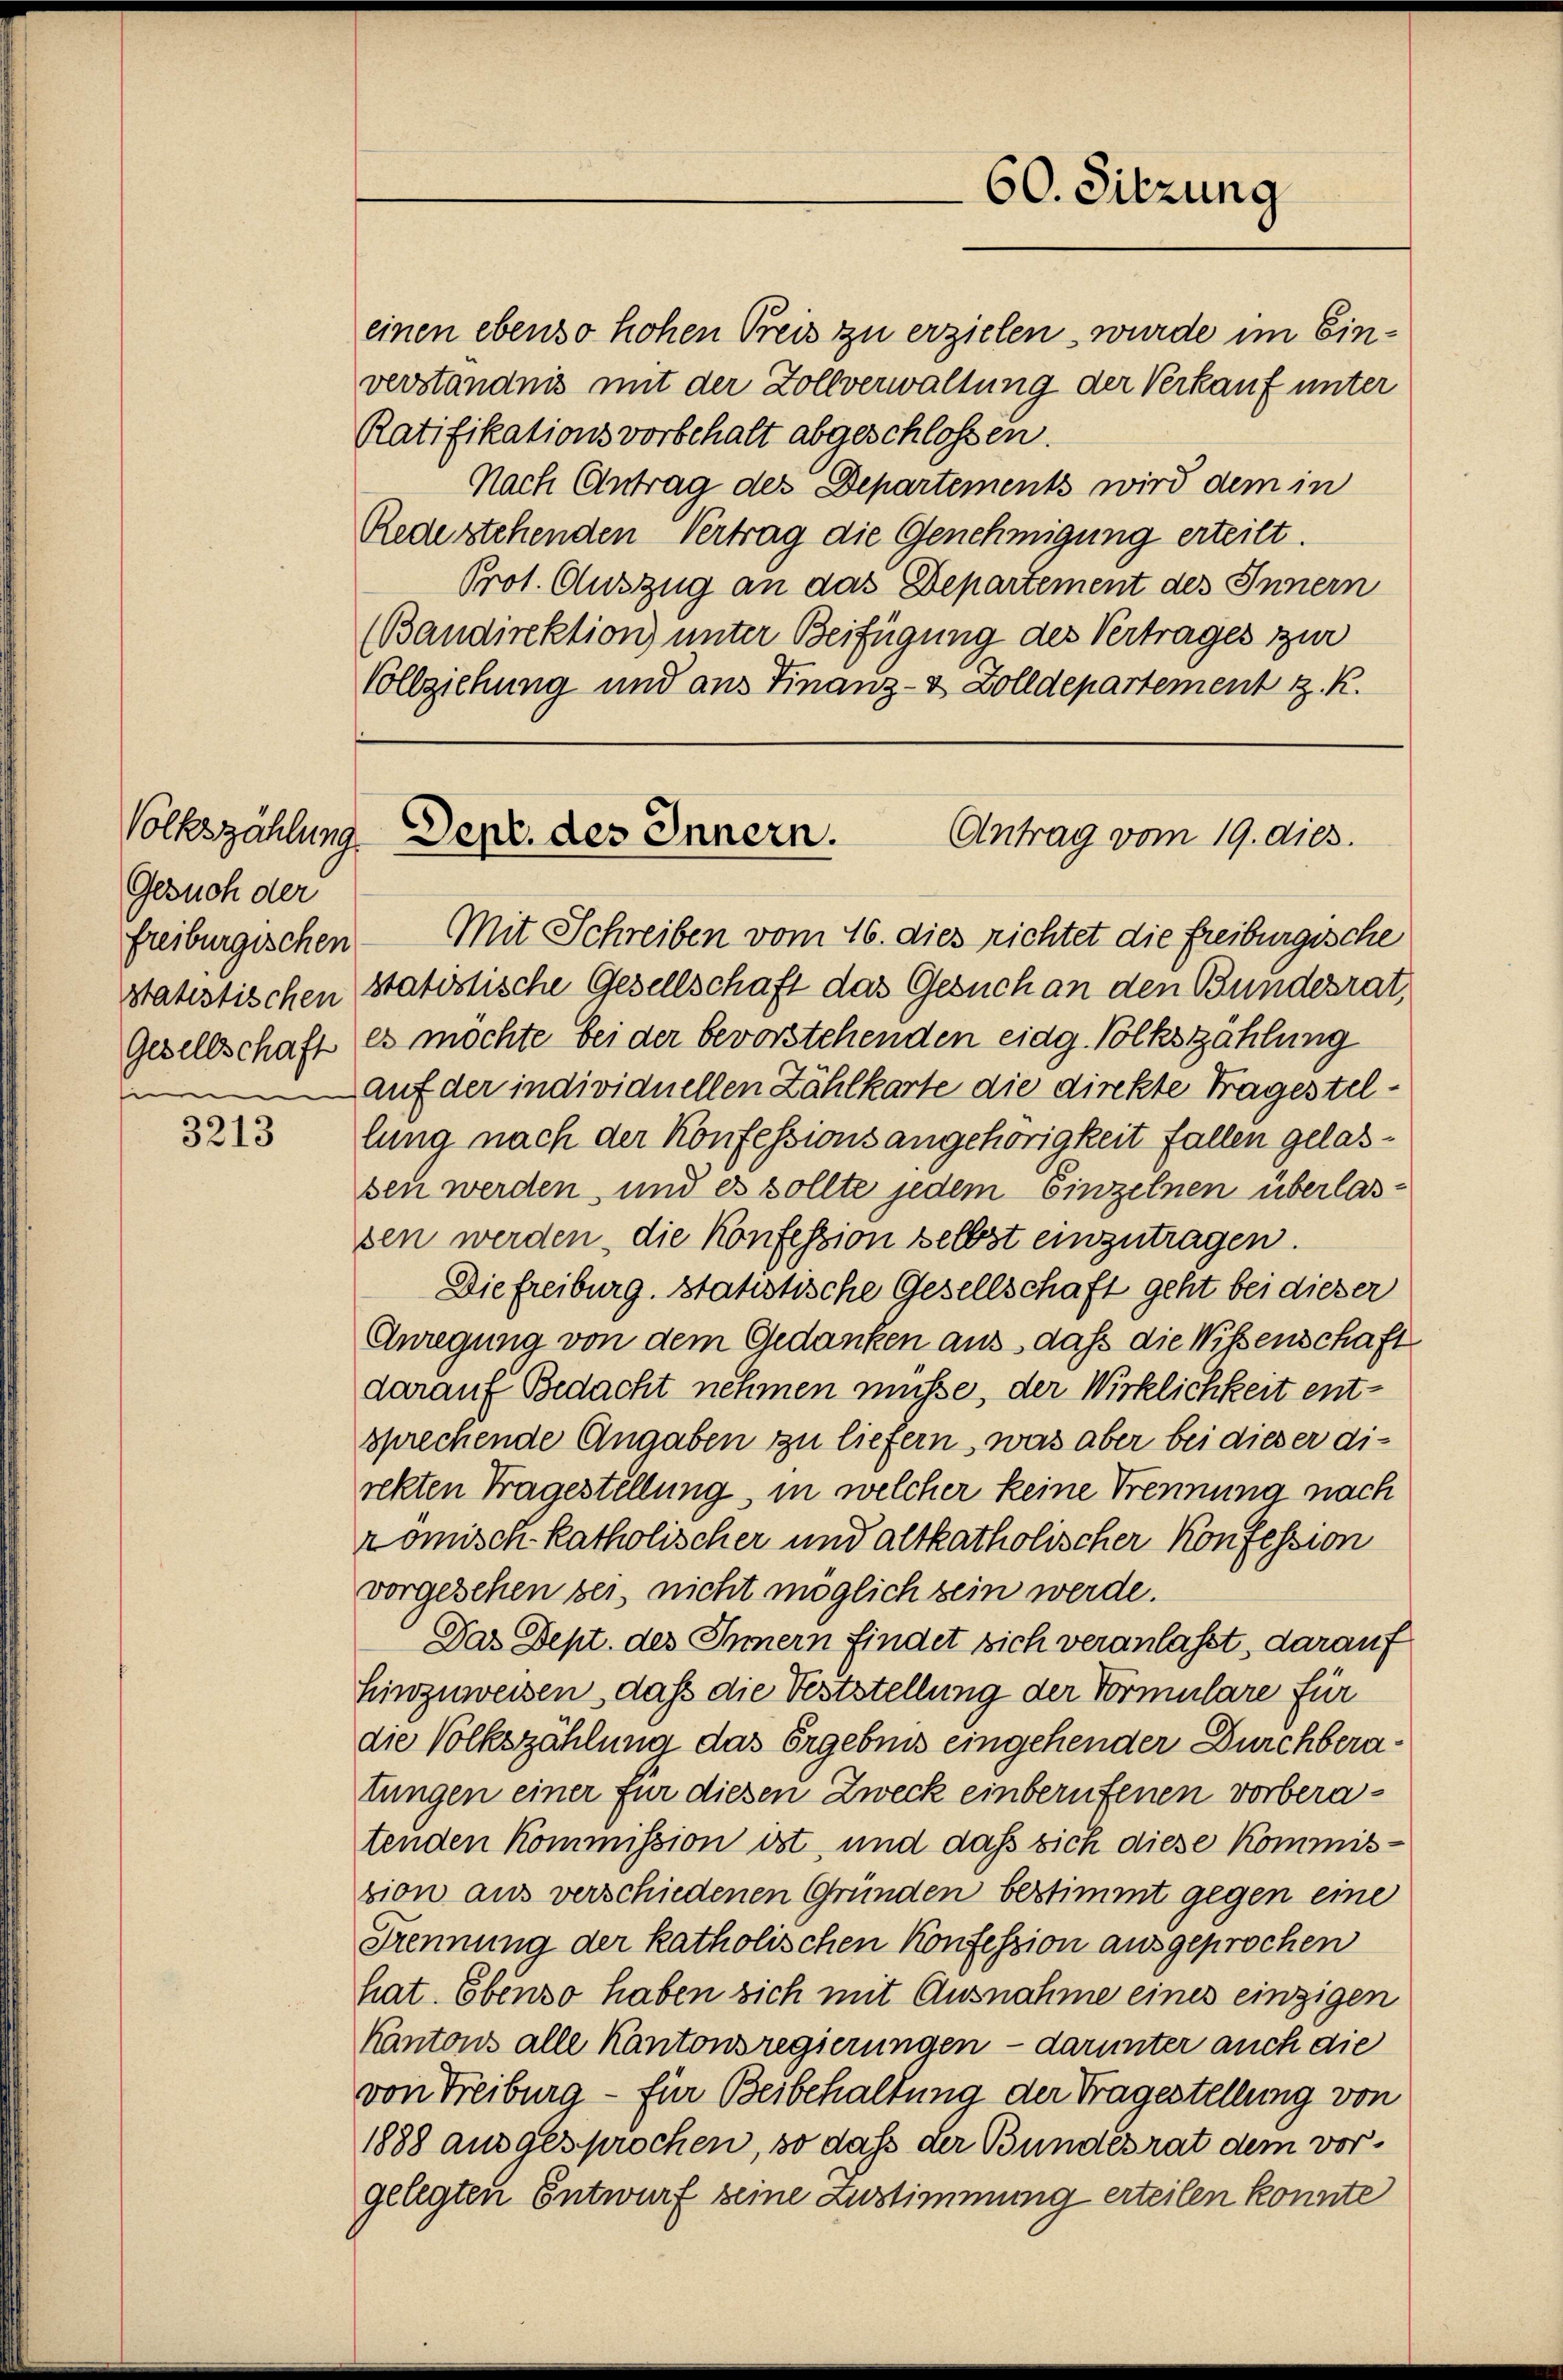
Gesuch der
Statistischen
Gesellschaft
e

3213

einen ebenso hohen Preis zu erzielen, wurde im Einverständnis mit der Zollverwaltung der Verkauf unter
Ratifikationsvorbehalt abgeschlossen.
Nach Antrag des Departements wird dem in
Redestehenden Vertrag die Genehmigung erteilt.
Prot. Auszug an das Departement des Innern
(Bandirektion) unter Beifügung des Vertrages zur
Vollziehung und aus Finanz- & Zolldepartement z. R.

freiburgischen Mit Schreiben vom 16. dies richtet die Freiburgische
statistische Gesellschaft das Gesuch an den Bundesrat,
es möchte bei der bevorstehenden eidg. Volkszählung
auf der individuellen Zählkarte die direkte Fragestellung nach der Konfessionsangehörigkeit fallen gelassen werden, und es sollte jedem Einzelnen überlassen werden, die Konfession selbst einzutragen.
Diefreiburg. Statistische Gesellschaft geht bei dieser
Anregung von dem Gedanken aus, daß die Wißenschaft
darauf Bedacht nehmen müsse, der Wirklichkeit entsprechende Angaben zu liefern, was aber bei dieser direkten Tragestellung, in welcher keine Trennung nach
römisch-katholischer und altkatholischer Konfession
vorgesehen bei, nicht möglich sein werde.
Das Sept. des Innern findet sich veranlasst, darauf
hinzuweisen, daß die Feststellung der Vormulare für
die Volkszählung das Ergebnis eingehender Durchberatungen einer für diesen Zweck einberufenen vorberatenden Kommission ist, und dass sich diese Kommiszion aus verschiedenen Gründen bestimmt gegen eine
Trennung der katholischen Konfession ausgeprochen
hat. Ebenso haben sich mit Ausnahme eines einzigen
Kantons alle Kantonsregierungen - darunter auch die
von Freiburg - für Beibehaltung der Tragestellung von
1888 ausgesprochen, so dass der Bundesrat dem vorgelegten Entwurf seine Zustimmung erteilen konnte

60. Sitzung

Volkszählung Dept. des Innern.
Antrag vom 19. dies.